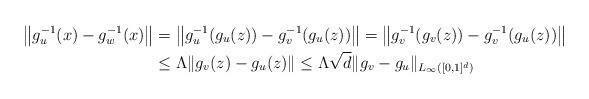
LaTeX: \begin{align*}\left\|g_u^{-1}(x) - g_w^{-1}(x)\right\|&= \left\| g_u^{-1}( g_u(z) ) - g_v^{-1}( g_u(z) ) \right\|= \left\| g_v^{-1}( g_v(z) ) - g_v^{-1}( g_u(z) ) \right\|\\&\leq \Lambda \| g_v(z) - g_u(z) \|\leq \Lambda \sqrt{d} \|g_v - g_u\|_{L_{\infty}([0, 1]^d)}\end{align*}